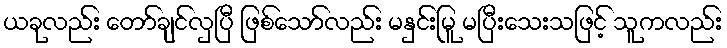
ယခုလည်း တော်ချင်လှပြီ ဖြစ်သော်လည်း မနှင်းမြူ မပြီးသေးသဖြင့် သူကလည်း